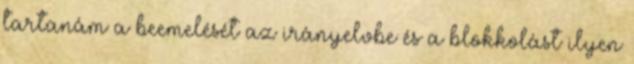
tartanám a beemelését az irányelvbe és a blokkolást ilyen